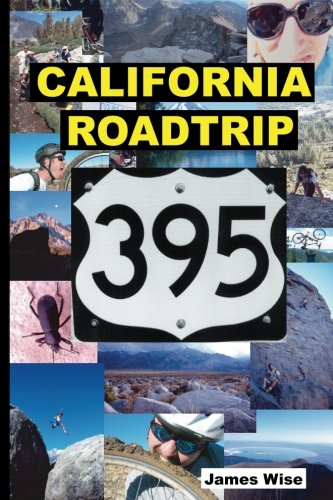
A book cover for California Roadtrip 395; James Wise; Travel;